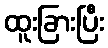
ထူးခြားပြီး